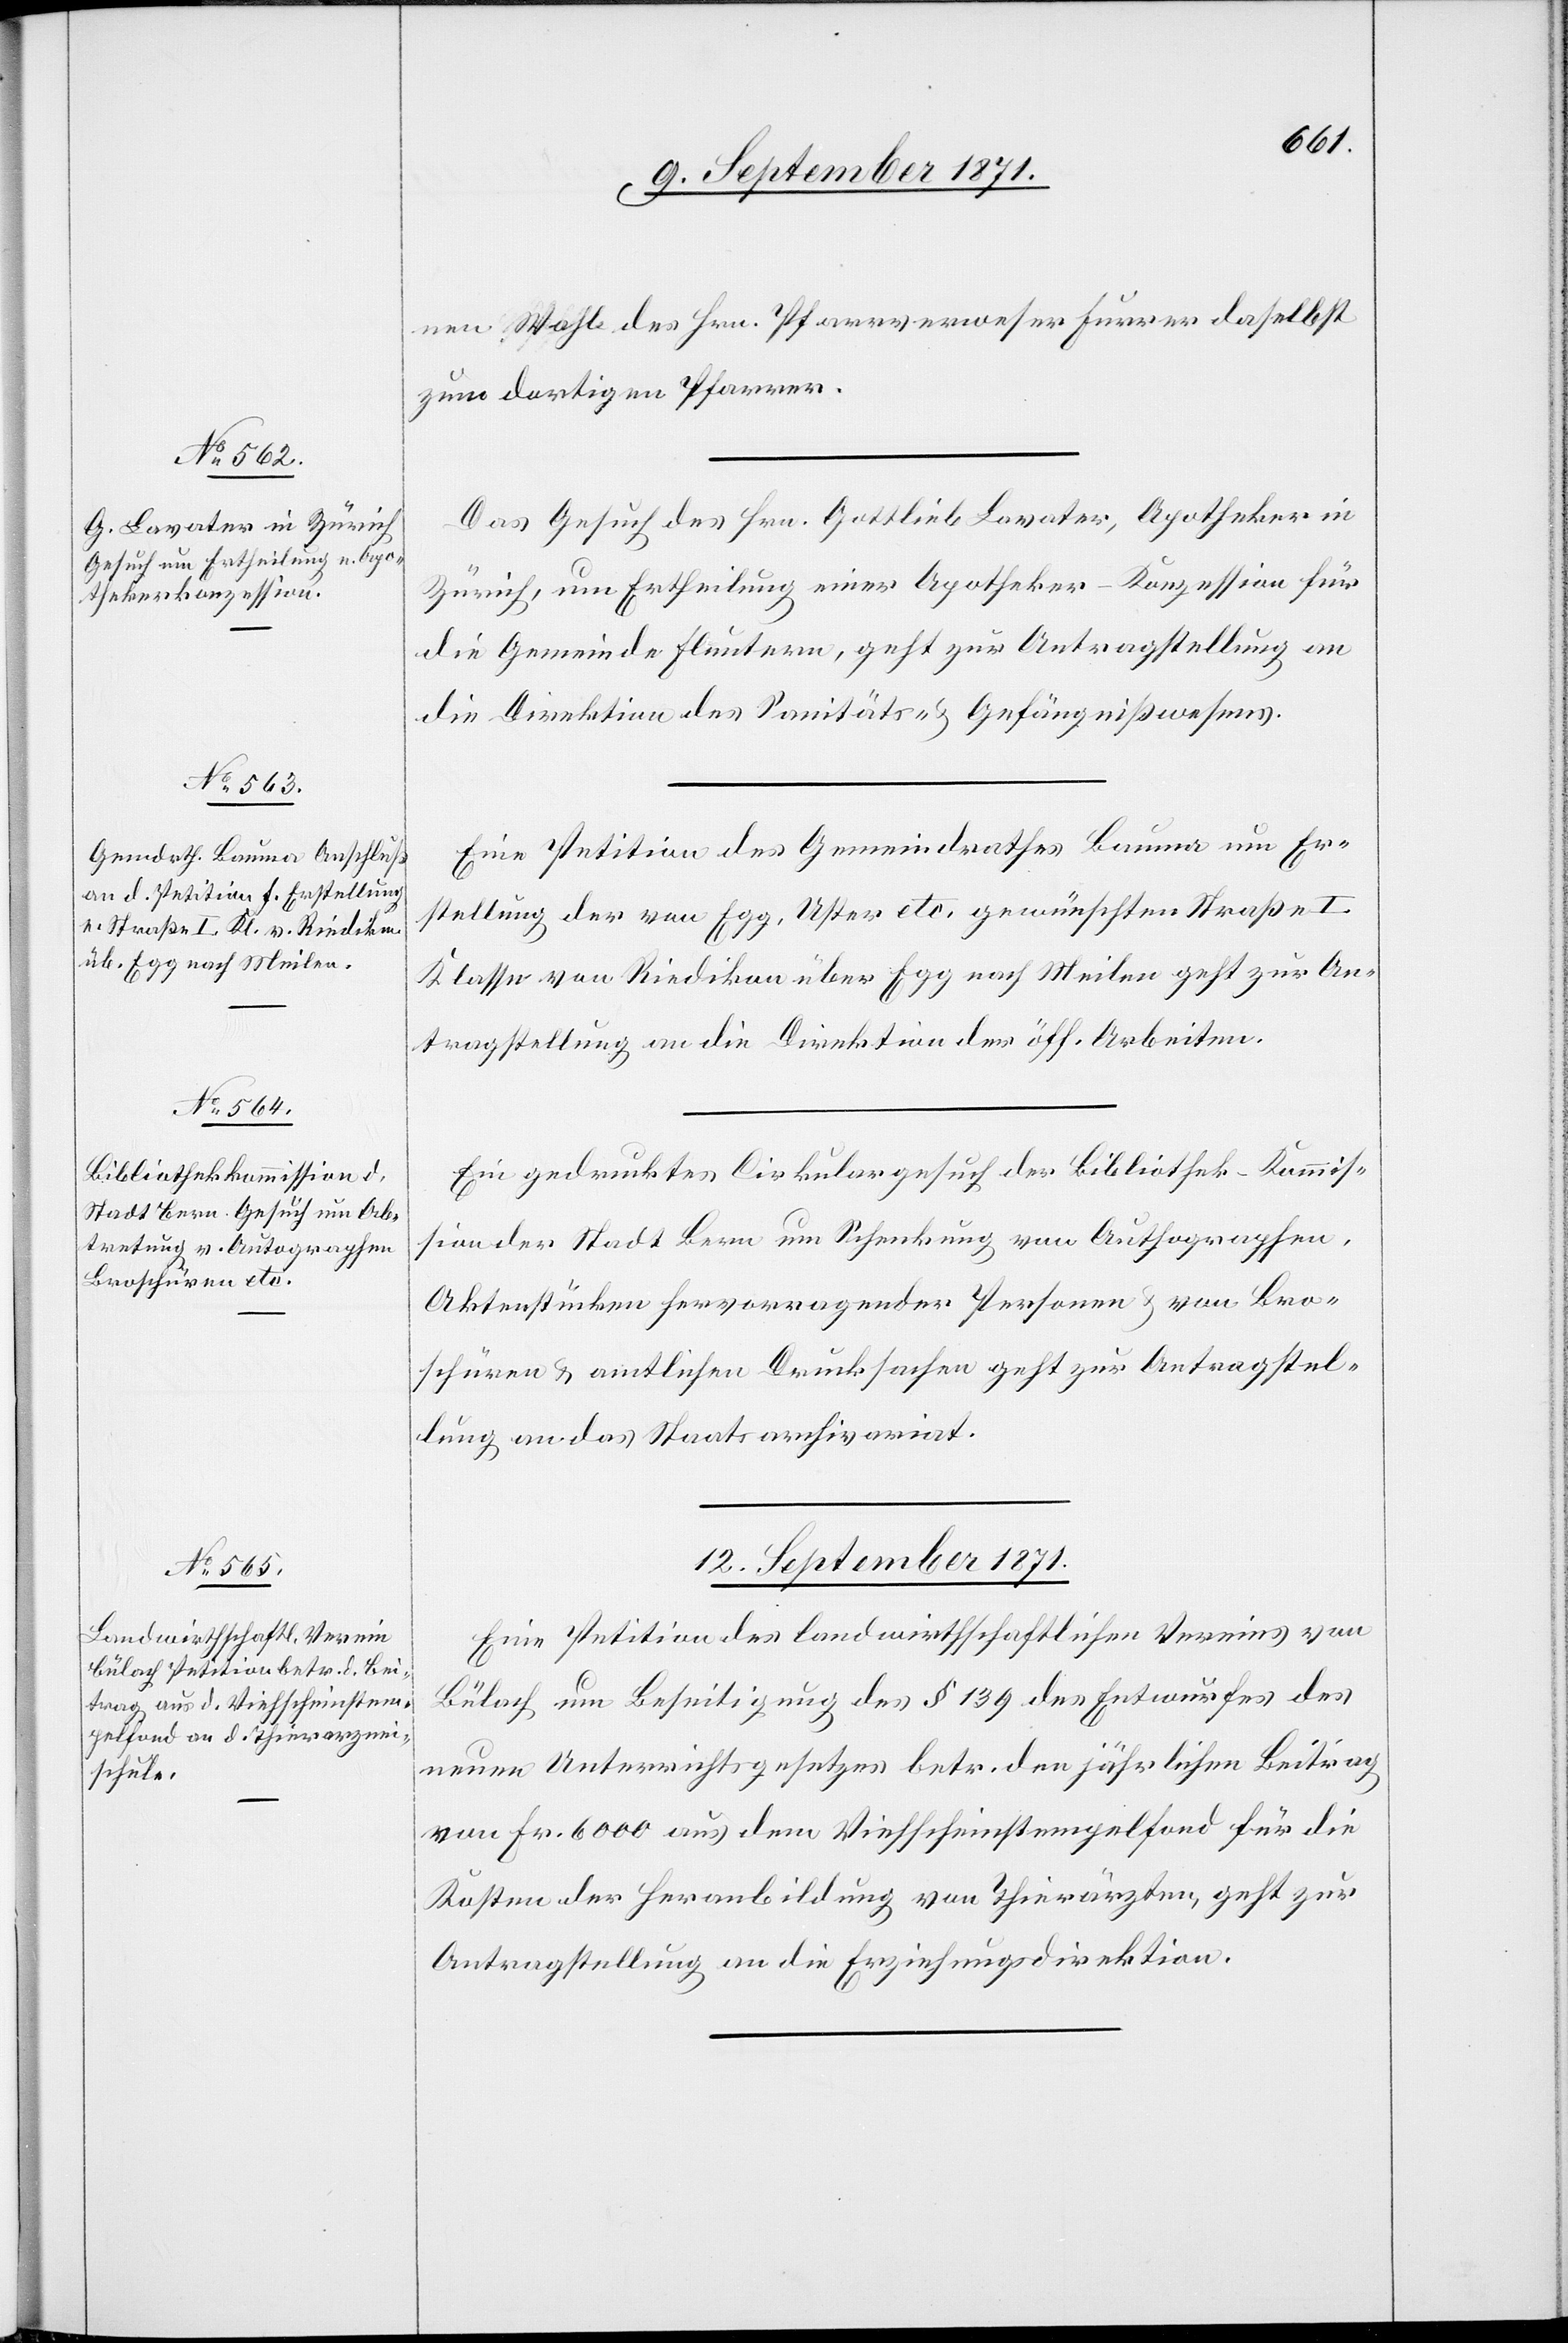
nen Wahl des Hrn. Pfarrverweser Furrer daselbst
zum dortigen Pfarrer.
Das Gesuch des Hrn. Gottlieb Lavater, Apotheker in
Zürich, um Ertheilung einer Apotheker-Konzession für
die Gemeinde Fluntern, geht zur Antragstellung an
die Direktion des Sanitäts- & Gefängnißwesens.
Eine Petition des Gemeindraths Bauma um Er¬
stellung der von Egg, Uster etc. gewünschten Straße I.
Klasse von Riedikon über Egg nach Meilen geht zur An¬
tragstellung an die Direktion der öff. Arbeiten.
Ein gedrucktes Cirkulargesuch der Bibliothek-Kommis¬
sion der Stadt Bern um Schenkung von Authographen,
Aktenstücken hervorragender Personen & von Bro¬
schüren & amtlichen Drucksachen geht zur Antragstel¬
lung an das Staatsarchivariat.
12. September 1871.
Eine Petition des landwirtschaftlichen Vereins von
Bülach um Beseitigung des § 139 des Entwurfes des
neuen Unterrichtsgesetzes betr. den jährlichen Beitrag
von Fr. 6000 aus dem Viehscheinstempelfond für die
Kosten der Heranbildung von Thierärzten, geht zur
Antragstellung an die Erziehungsdirektion.